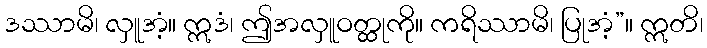
ဒဿာမိ၊ လှူအံ့။ ဣဒံ၊ ဤအလှူဝတ္ထုကို။ ကရိဿာမိ၊ ပြုအံ့”။ ဣတိ၊